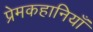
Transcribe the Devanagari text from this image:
प्रेमकहानियाँ